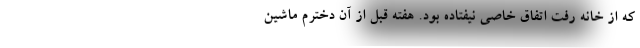
که از خانه رفت اتفاق خاصی نیفتاده بود. هفته قبل از آن دخترم ماشین